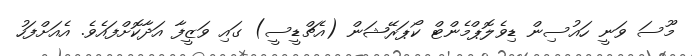
މޫސަ ވަނީ ހައުސިން ޑިވެލޮޕްމެންޓް ކޯޕަރޭޝަން (އެޗްޑީސީ) ގައި ވަޒީފާ އަދާކޮށްފައެވެ. އެއަށްފަހު